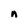
Character: n